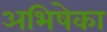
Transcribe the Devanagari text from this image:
अभिषेका